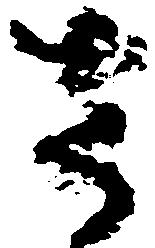
さ